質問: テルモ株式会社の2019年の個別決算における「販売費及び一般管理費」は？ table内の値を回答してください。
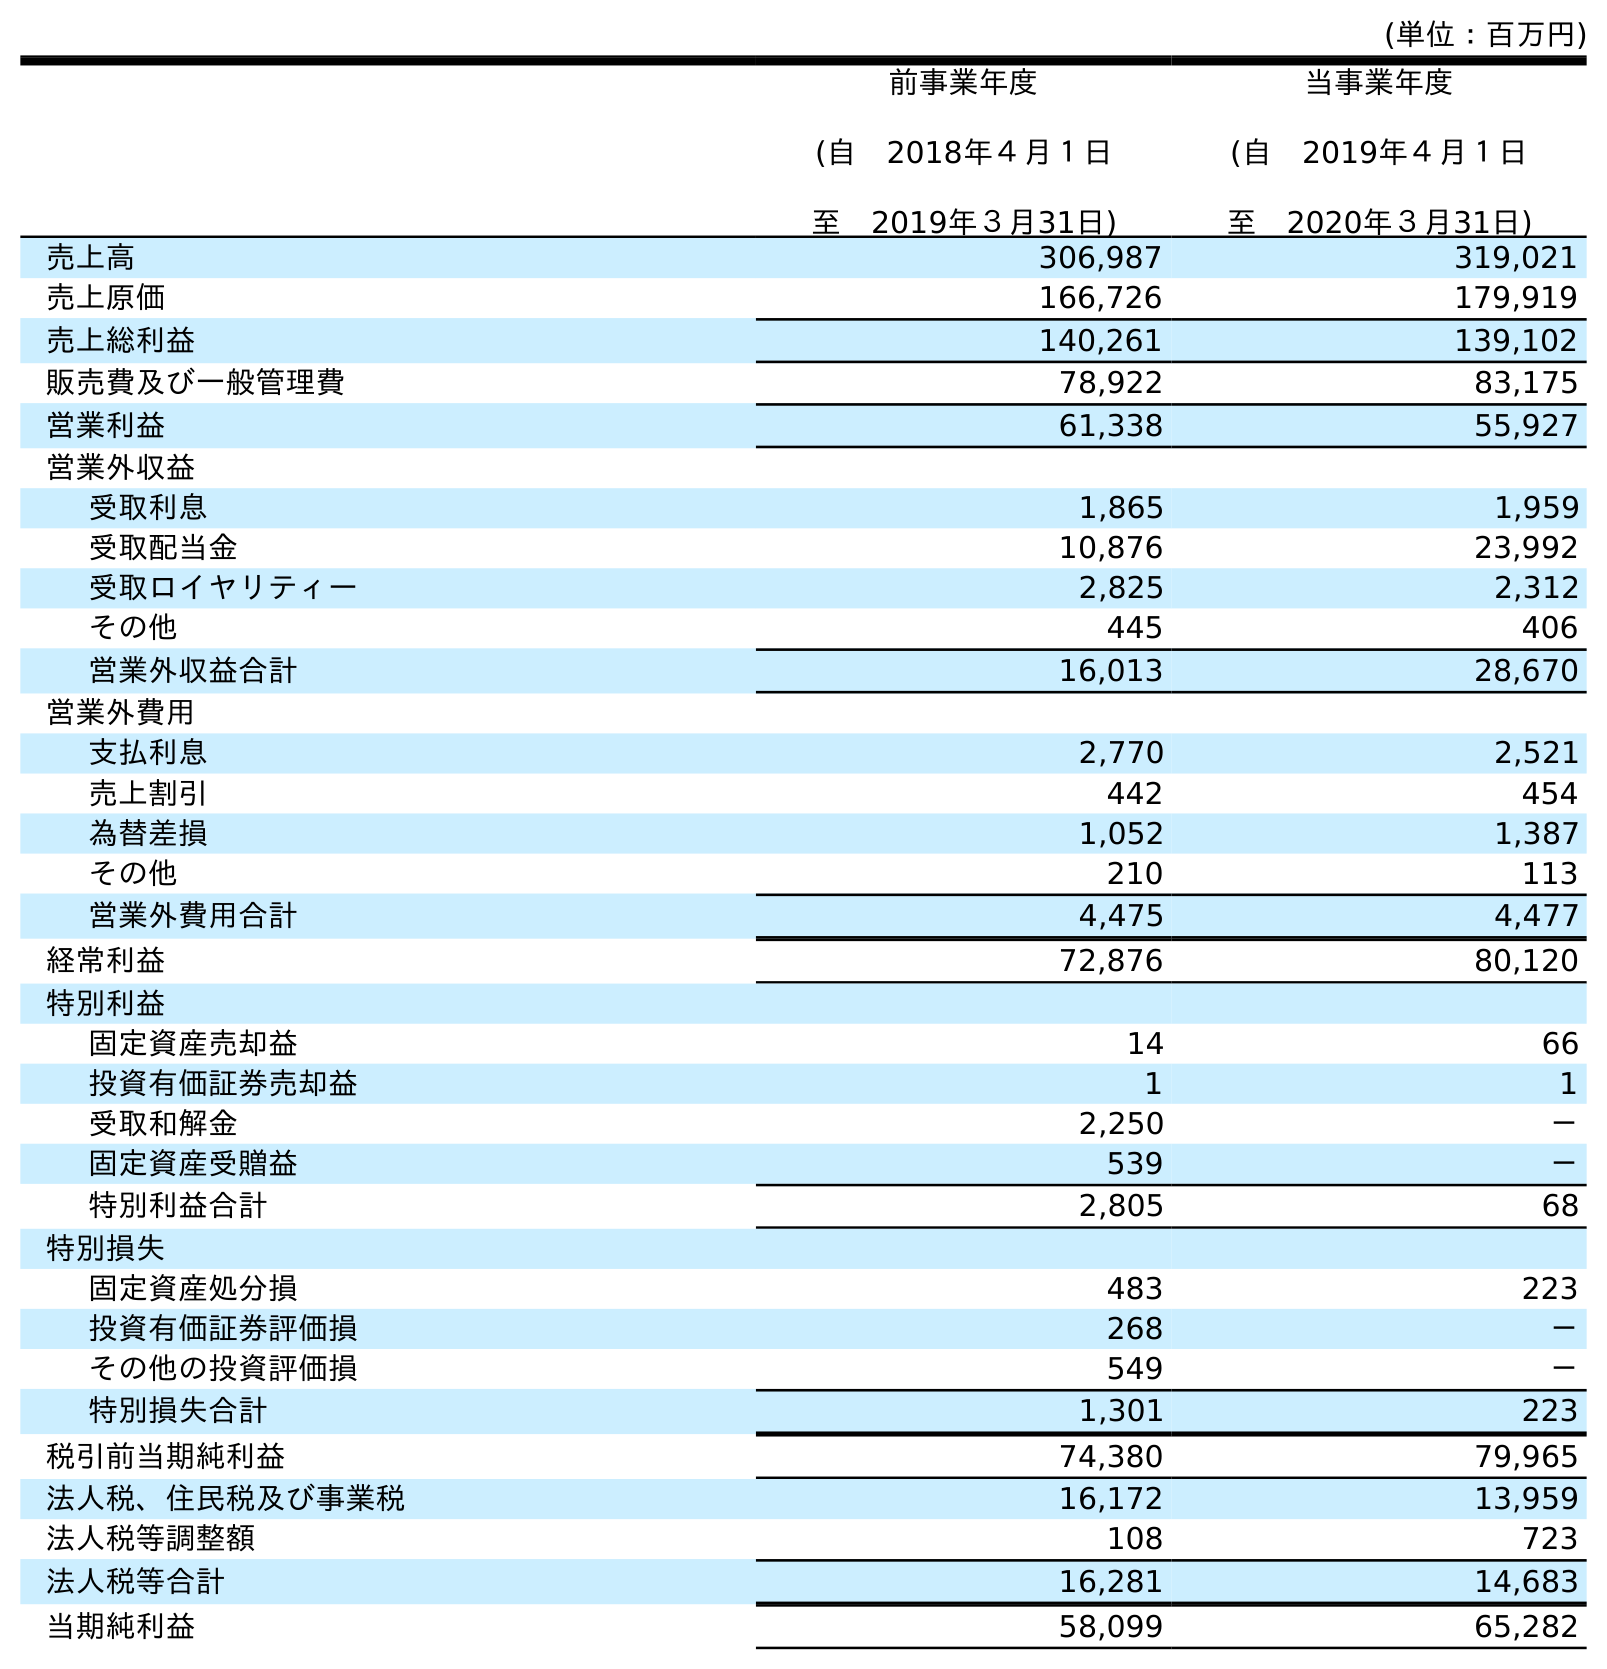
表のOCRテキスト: (単位：百万円) 前事業年度 (自 2018年４月１日 至 2019年３月31日) 当事業年度 (自 2019年４月１日 至 2020年３月31日) 売上高 306,987 319,021 売上原価 166,726 179,919 売上総利益 140,261 139,102 販売費及び一般管理費 78,922 83,175 営業利益 61,338 55,927 営業外収益 受取利息 1,865 1,959 受取配当金 10,876 23,992 受取ロイヤリティー 2,825 2,312 その他 445 406 営業外収益合計 16,013 28,670 営業外費用 支払利息 2,770 2,521 売上割引 442 454 為替差損 1,052 1,387 その他 210 113 営業外費用合計 4,475 4,477 経常利益 72,876 80,120 特別利益 固定資産売却益 14 66 投資有価証券売却益 1 1 受取和解金 2,250 － 固定資産受贈益 539 － 特別利益合計 2,805 68 特別損失 固定資産処分損 483 223 投資有価証券評価損 268 － その他の投資評価損 549 － 特別損失合計 1,301 223 税引前当期純利益 74,380 79,965 法人税、住民税及び事業税 16,172 13,959 法人税等調整額 108 723 法人税等合計 16,281 14,683 当期純利益 58,099 65,282
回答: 78,922